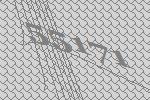
55171